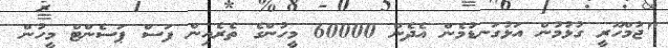
"ޖުމްހޫރީ ގުޅުމުން އަޅުގަނޑުމެން އެދެން 60000 މީހުންގެ ތެރެއިން ފަސް ޕަސެންޓް މީހުން